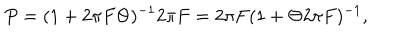
P = ( 1 + 2 \pi F \Theta ) ^ { - 1 } 2 \pi F = 2 \pi F ( 1 + \Theta 2 \pi F ) ^ { - 1 } ,